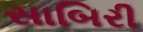
સાબિરી